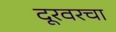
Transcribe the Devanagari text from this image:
दूरवरचा